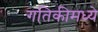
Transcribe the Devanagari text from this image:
गतिकीमध्ये